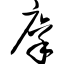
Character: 廪